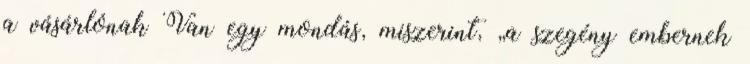
a vásárlónak Van egy mondás, miszerint, „a szegény embernek